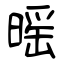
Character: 暚